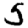
Digit: 5